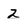
Character: Z